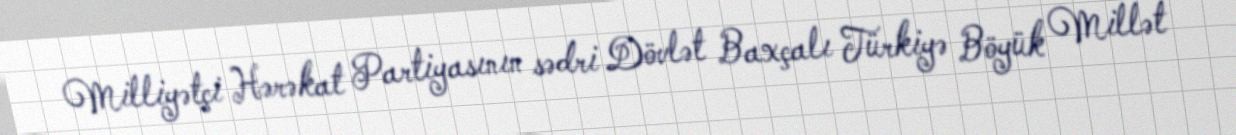
Milliyətçi Hərəkat Partiyasının sədri Dövlət Baxçalı Türkiyə Böyük Millət